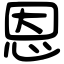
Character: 恩